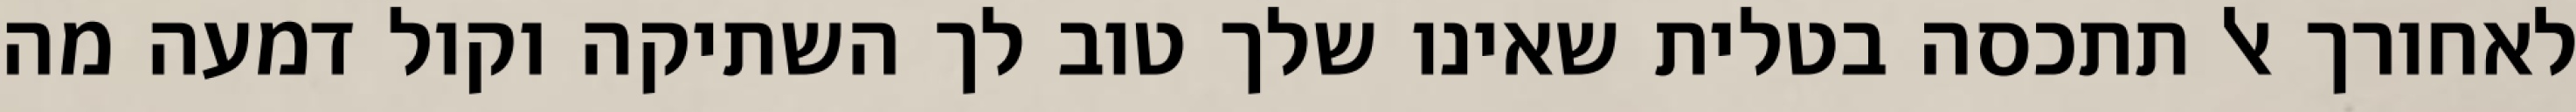
לאחורך אל תתכסה בטלית שאינו שלך טוב לך השתיקה וקול דמעה מה